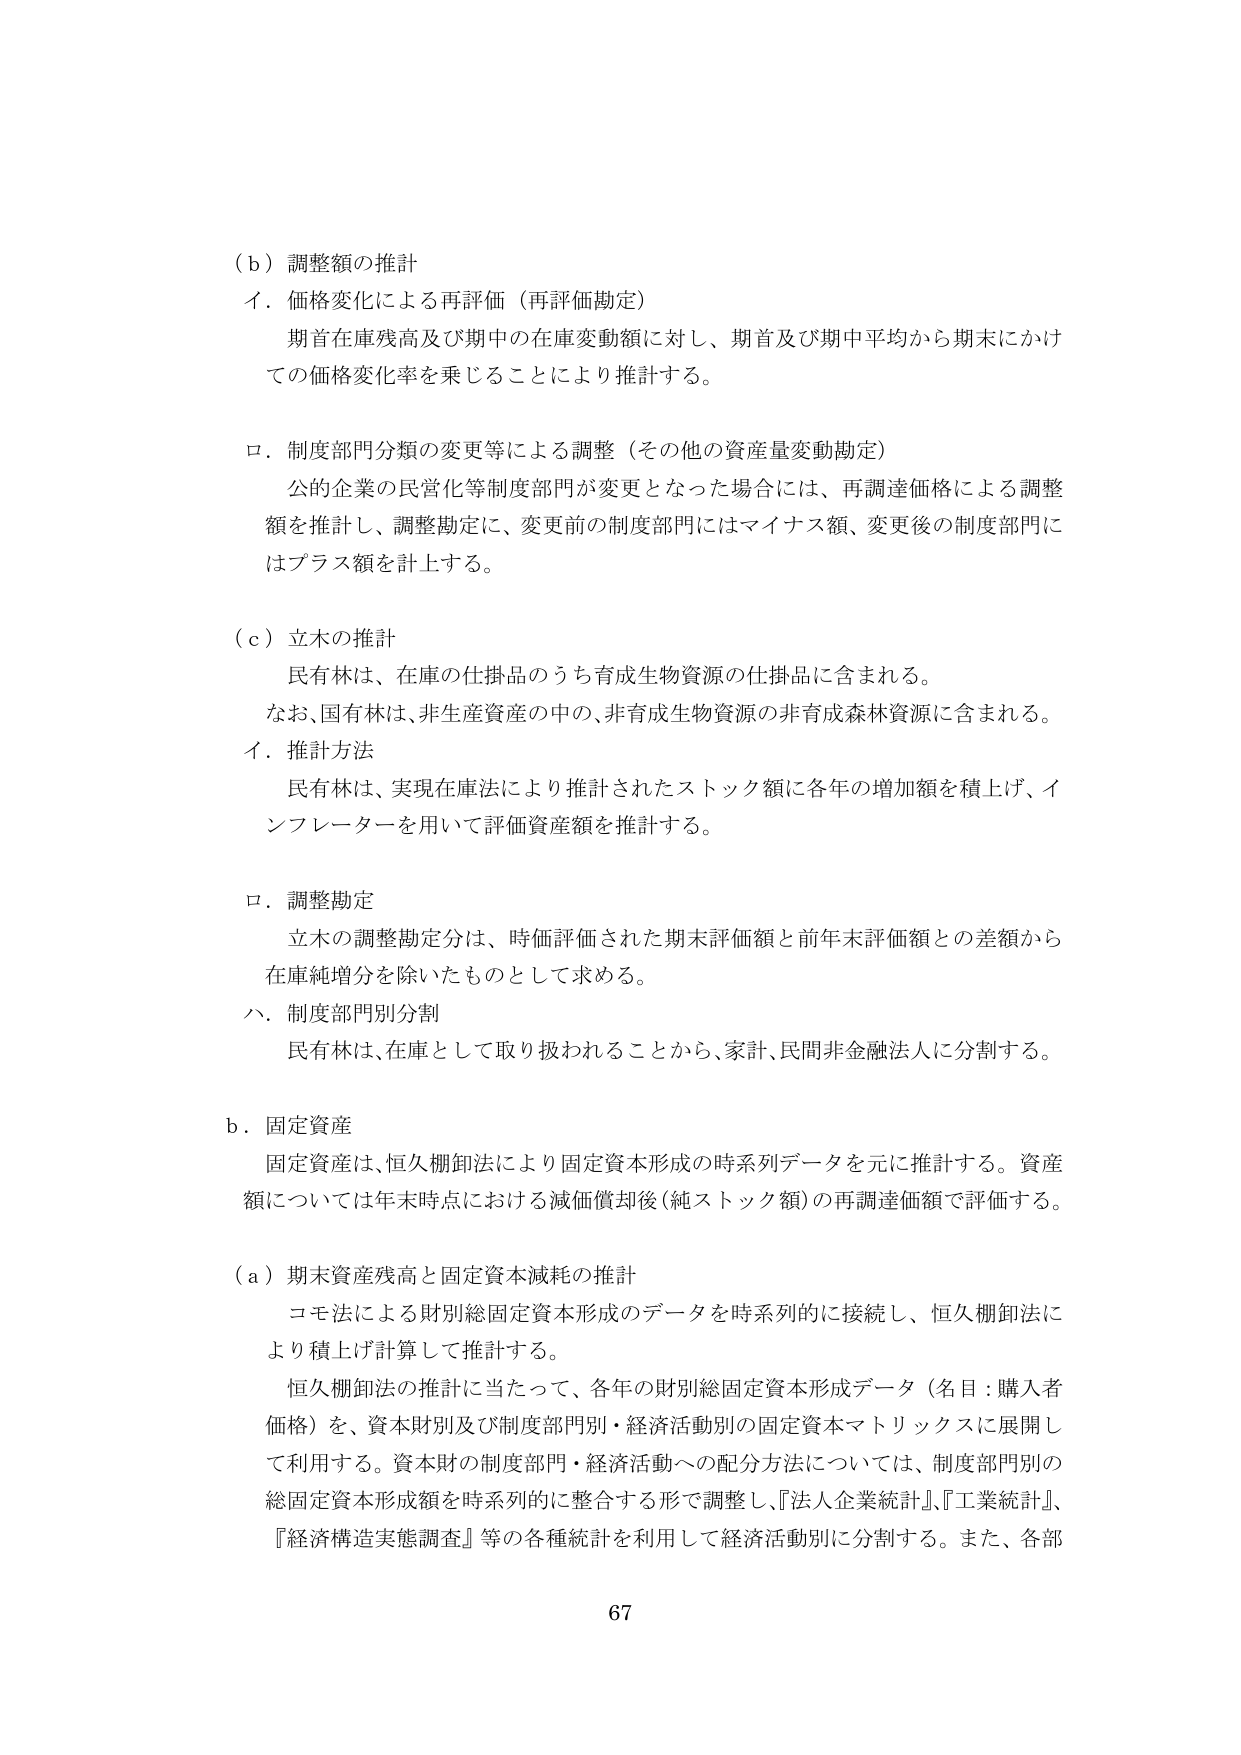
（ｂ）調整額の推計
イ．価格変化による再評価（再評価勘定）
　期首在庫残高及び期中の在庫変動額に対し、期首及び期中平均から期末にかけての価格変化率を乗じることにより推計する。

ロ．制度部門分類の変更等による調整（その他の資産量変動勘定）
　公の企業の民営化等制度部門が変更となった場合には、再調達価格による調整額を推計し、調整勘定に、変更前の制度部門にはマイナス額、変更後の制度部門にはプラス額を計上する。

（ｃ）立木の推計
　民有林は、在庫の仕掛品のうち育成生物資源の仕掛品に含まれる。
　なお、国有林は、非生産資産の中の、非育成生物資源の非育成森林資源に含まれる。

イ．推計方法
　民有林は、実現在庫法により推計されたストック額に各年の増加額を積上げ、インフレーターを用いて評価資産額を推計する。

ロ．調整勘定
　立木の調整勘定分は、時価評価された期末評価額と前年末評価額との差額から在庫純増分を除いたものとして求める。

ハ．制度部門別分割
　民有林は、在庫として取り扱われることから、家計、民間非金融法人に分割する。

ｂ．固定資産
　固定資産は、恒久棚卸法により固定資本形成の時系列データを元に推計する。資産額については年末時点における減価償却後（純ストック額）の再調達価額で評価する。

（ａ）期末資産残高と固定資本減耗の推計
　コモ法による財別総固定資本形成のデータを時系列的に接続し、恒久棚卸法により積上げ計算して推計する。
　恒久棚卸法の推計に当たって、各年の財別総固定資本形成データ（名目：購入者価格）を、資本財別及び制度部門別・経済活動別の固定資本マトリックスに展開して利用する。資本財の制度部門・経済活動への配分方法については、制度部門別の総固定資本形成額を時系列的に整合する形で調整し、『法人企業統計』、『工業統計』、『経済構造実態調査』等の各種統計を利用して経済活動別に分割する。また、各部

67